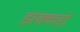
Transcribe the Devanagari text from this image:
झक्कड़ों